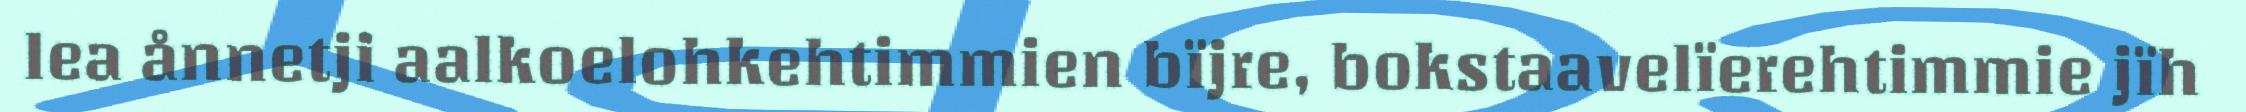
lea ånnetji aalkoelohkehtimmien bïjre, bokstaavelïerehtimmie jïh